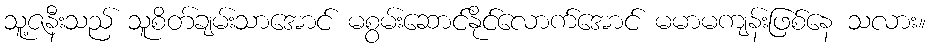
သူ့ဇနီးသည် သူစိတ်ချမ်းသာအောင် မစွမ်းဆောင်နိုင်လောက်အောင် မမာမကျန်းဖြစ်နေ သလား။